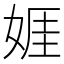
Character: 娾